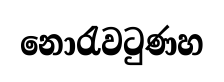
නොරැවටුණහ